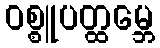
ဝစ္စူပတ္ထမ္ဘေ